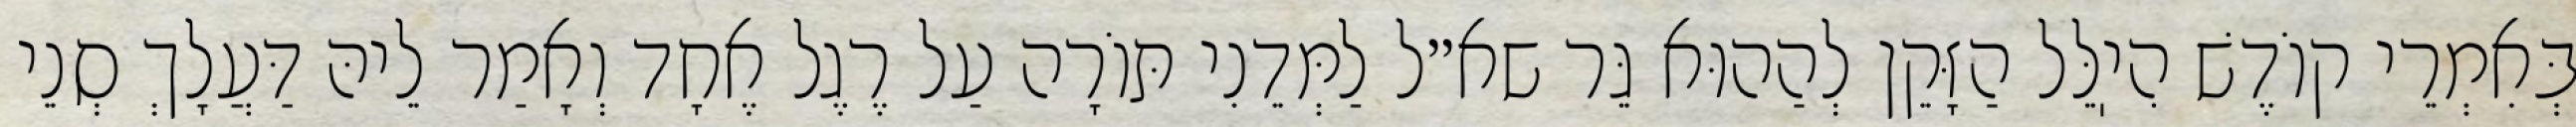
בְּאִמְרֵי קוֹדֶשׁ הִיֽלֵּל הַזָּקֵן לְהַהוּא גֵּר שא״ל לַמְּדֵנִי תּוֹרָה עַל רֶגֶל אֶחָד וְאָמַר לֵיהּ דַּעֲלָךְ סְנֵי